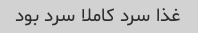
غذا سرد کاملا سرد بود